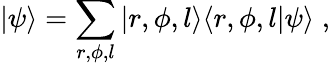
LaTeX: |\psi\rangle=\sum_{r,\phi,l}|r,\phi,l\rangle\langle r,\phi,l|\psi\rangle\; ,